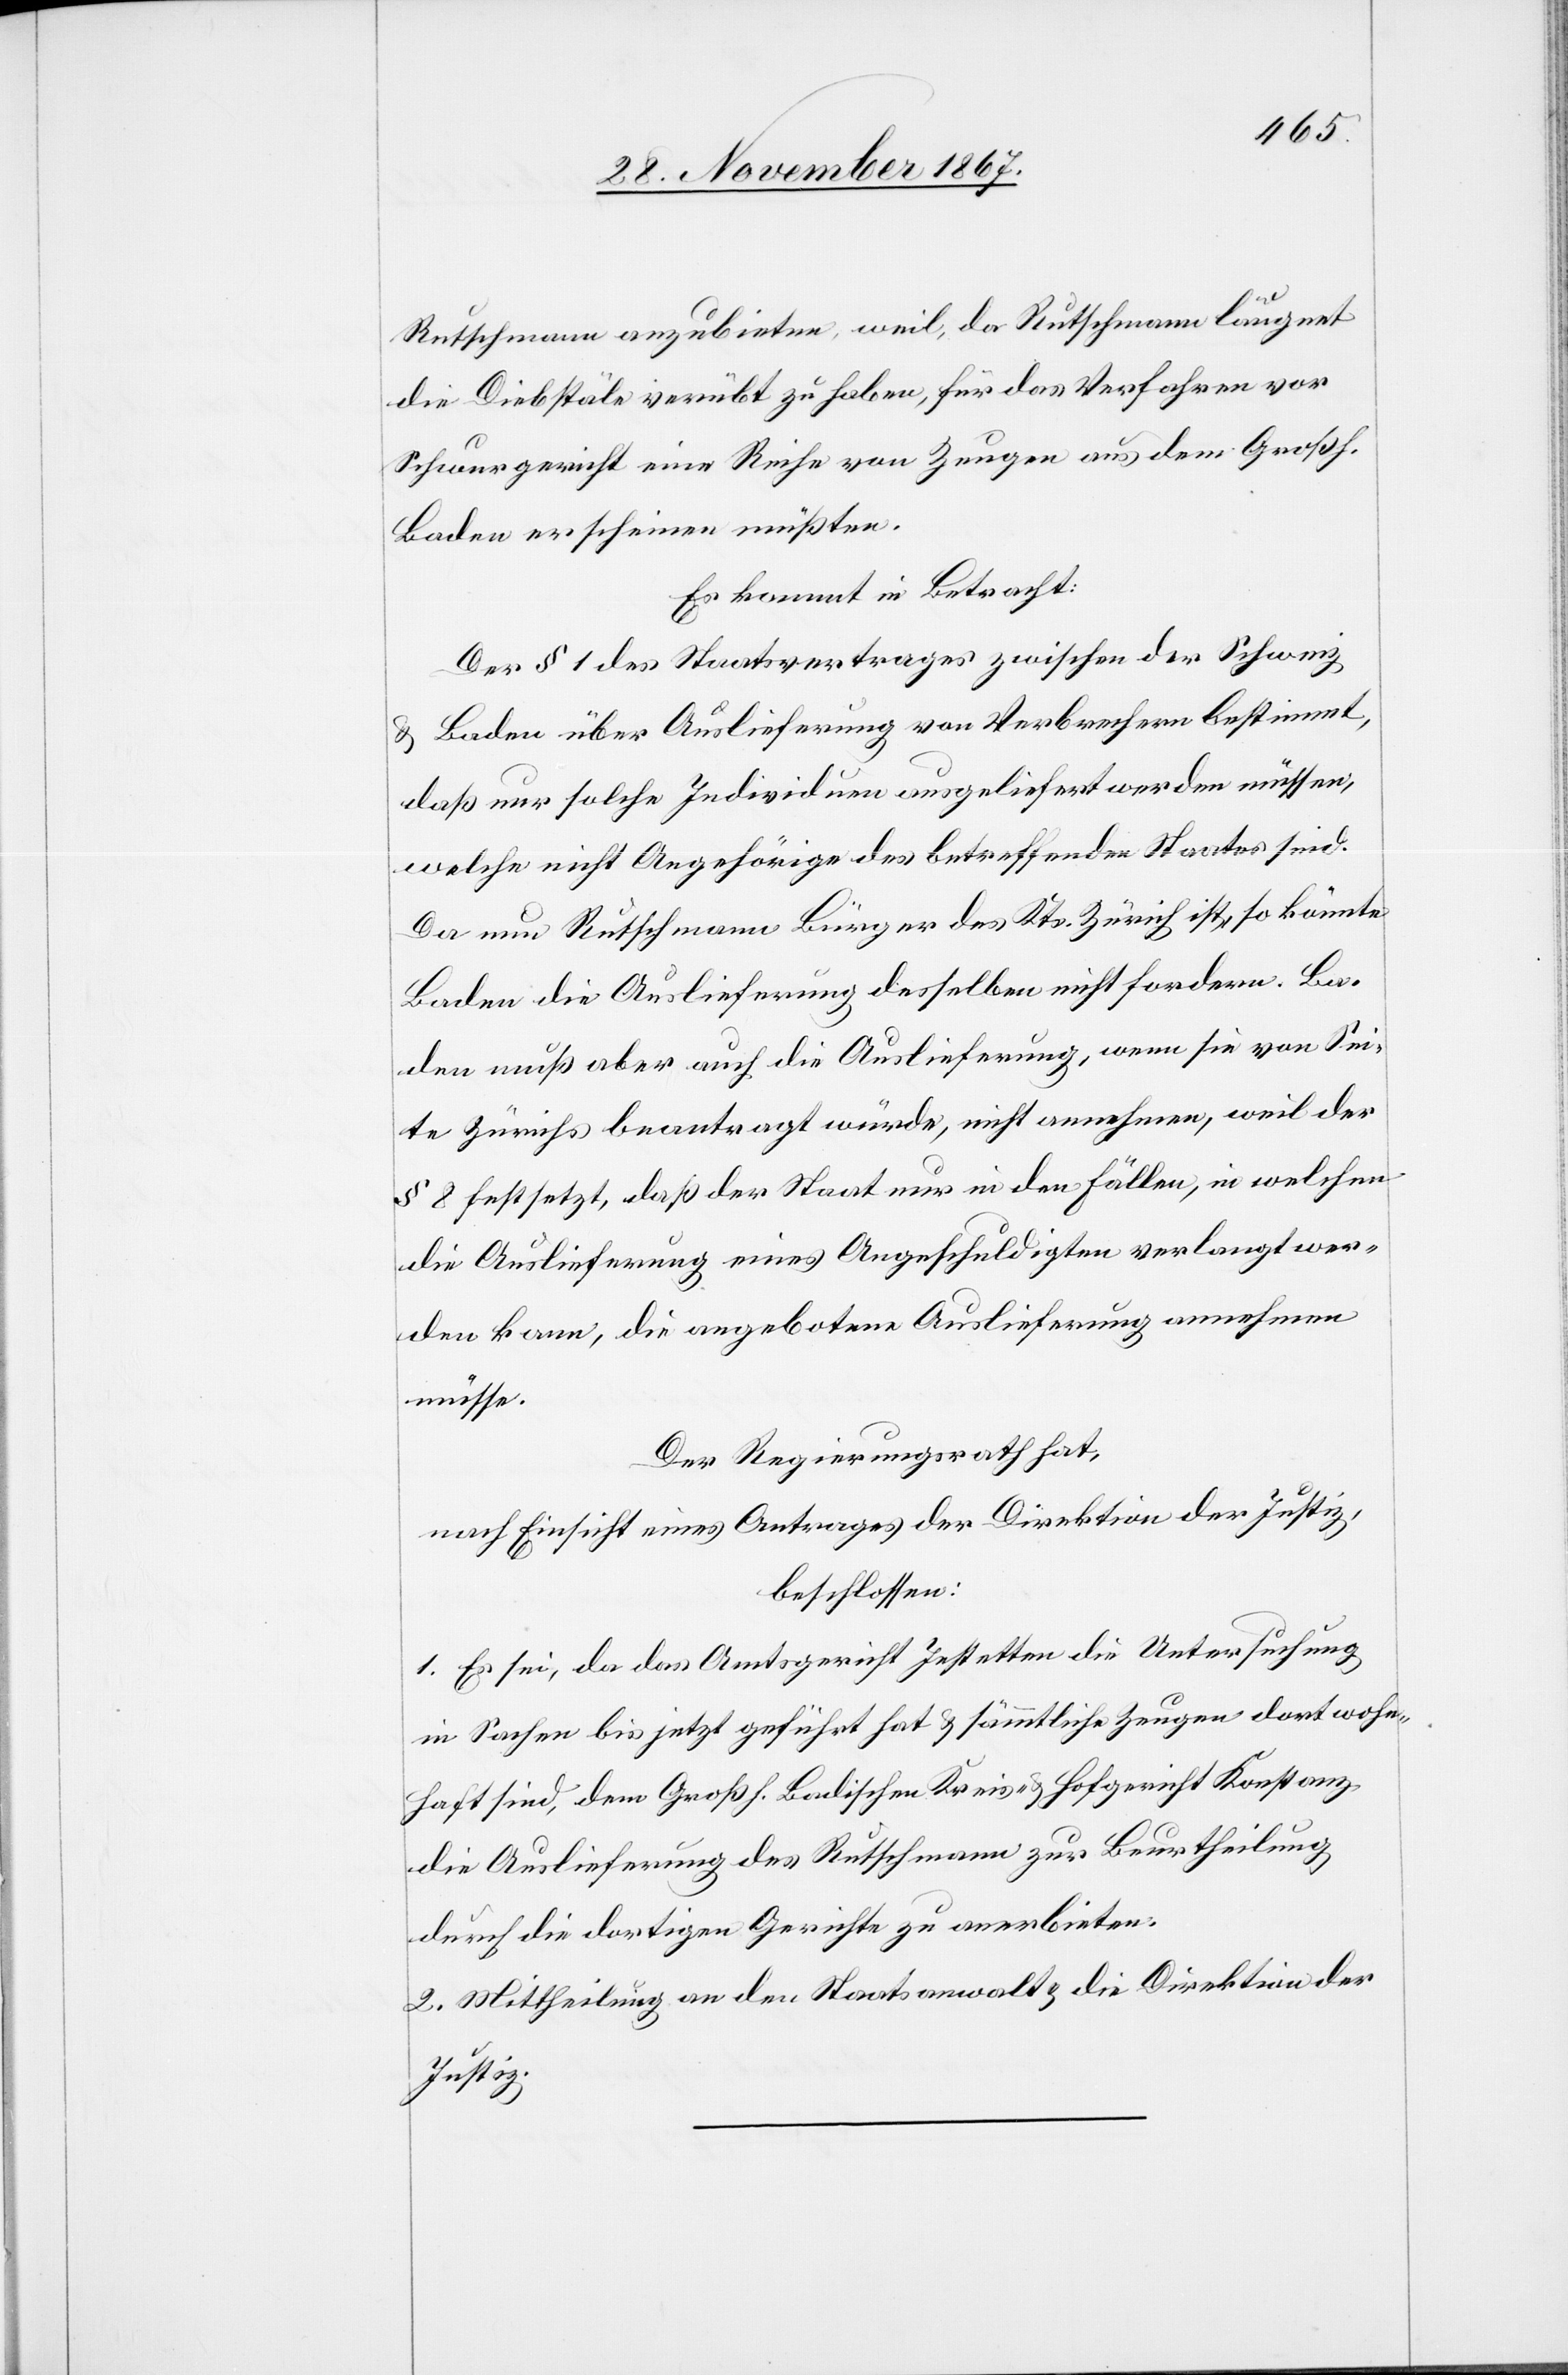
Rutschmann anzubieten, weil, da Rutschmann läugnet
die Diebstäle verübt zu haben, für das Verfahren vor
Schwurgericht eine Reihe von Zeugen aus dem Großh.
Baden erscheinen müßten.
Es kommt in Betracht:
Der § 1 des Staatsvertrages zwischen der Schweiz
Baden über Auslieferung von Verbrechern bestimmt,
u.
daß nur solche Individuen ausgeliefert werden müssen,
welche nicht Angehörige des betreffenden Staates sind.
Da nun Rutschmann Bürger des Kts. Zürich ist, so könnte
Baden die Auslieferung desselben nicht fordern. Ba¬
den muß aber auch die Auslieferung, wenn sie von Sei¬
te Zürichs beantragt würde, nicht annehmen, weil der
§ 8 festsetzt, daß der Staat nur in den Fällen, in welchen
die Auslieferung eines Angeschuldigten verlangt wer¬
den kann, die angebotene Auslieferung annehmen
müsse.
Der Regierungsrath hat,
nach Einsicht eines Antrages der Direktion der Justiz,
beschlossen:
1. Es sei, da das Amtsgericht Jestetten die Untersuchung
in Sachen bis jetzt geführt hat u. sämmtliche Zeugen dort wohn¬
haft sind, dem Großh. Badischen Kreis- u. Hofgericht Konstanz
die Auslieferung des Rutschmann zur Beurtheilung
durch die dortigen Gerichte zu anerbieten.
2. Mittheilung an den Staatsanwalt u. die Direktion der
Justiz.